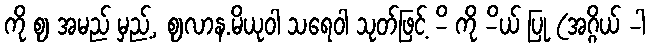
ကို ဈ အမည် မှည့်, ဈလာန.မိယုဝါ သရေဝါ သုတ်ဖြင့် -ိ ကို -ိယ် ပြု (အဂ္ဂိယ် -ါ